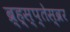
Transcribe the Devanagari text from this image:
ब्र्ह्स्प्तेस्व्रर